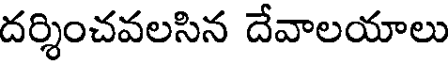
దర్శించవలసిన దేవాలయాలు